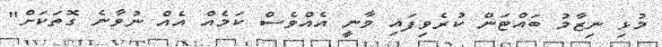
މުޅި ނިޒާމު ބައްޓަން ކުރެވިފައި ވާނީ އެއްވެސް ކަމެއް އެއް ނުވާނެ ގޮތަކަށް"